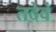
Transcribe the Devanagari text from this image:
तदेवं